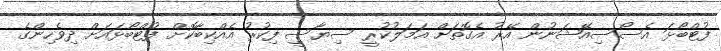
ފުޓްބޯޅަ އެސޯސިއޭޝަނުން އޭރު އެގޮތަށް އަމަލުކުރީ ސިޔާސީ ފިކުރު އެއްކިބާކޮށް ފުޓްބޯޅައަށް ދިވެހިންގެ